Leningradi_Edasi_toimetus, lk 64
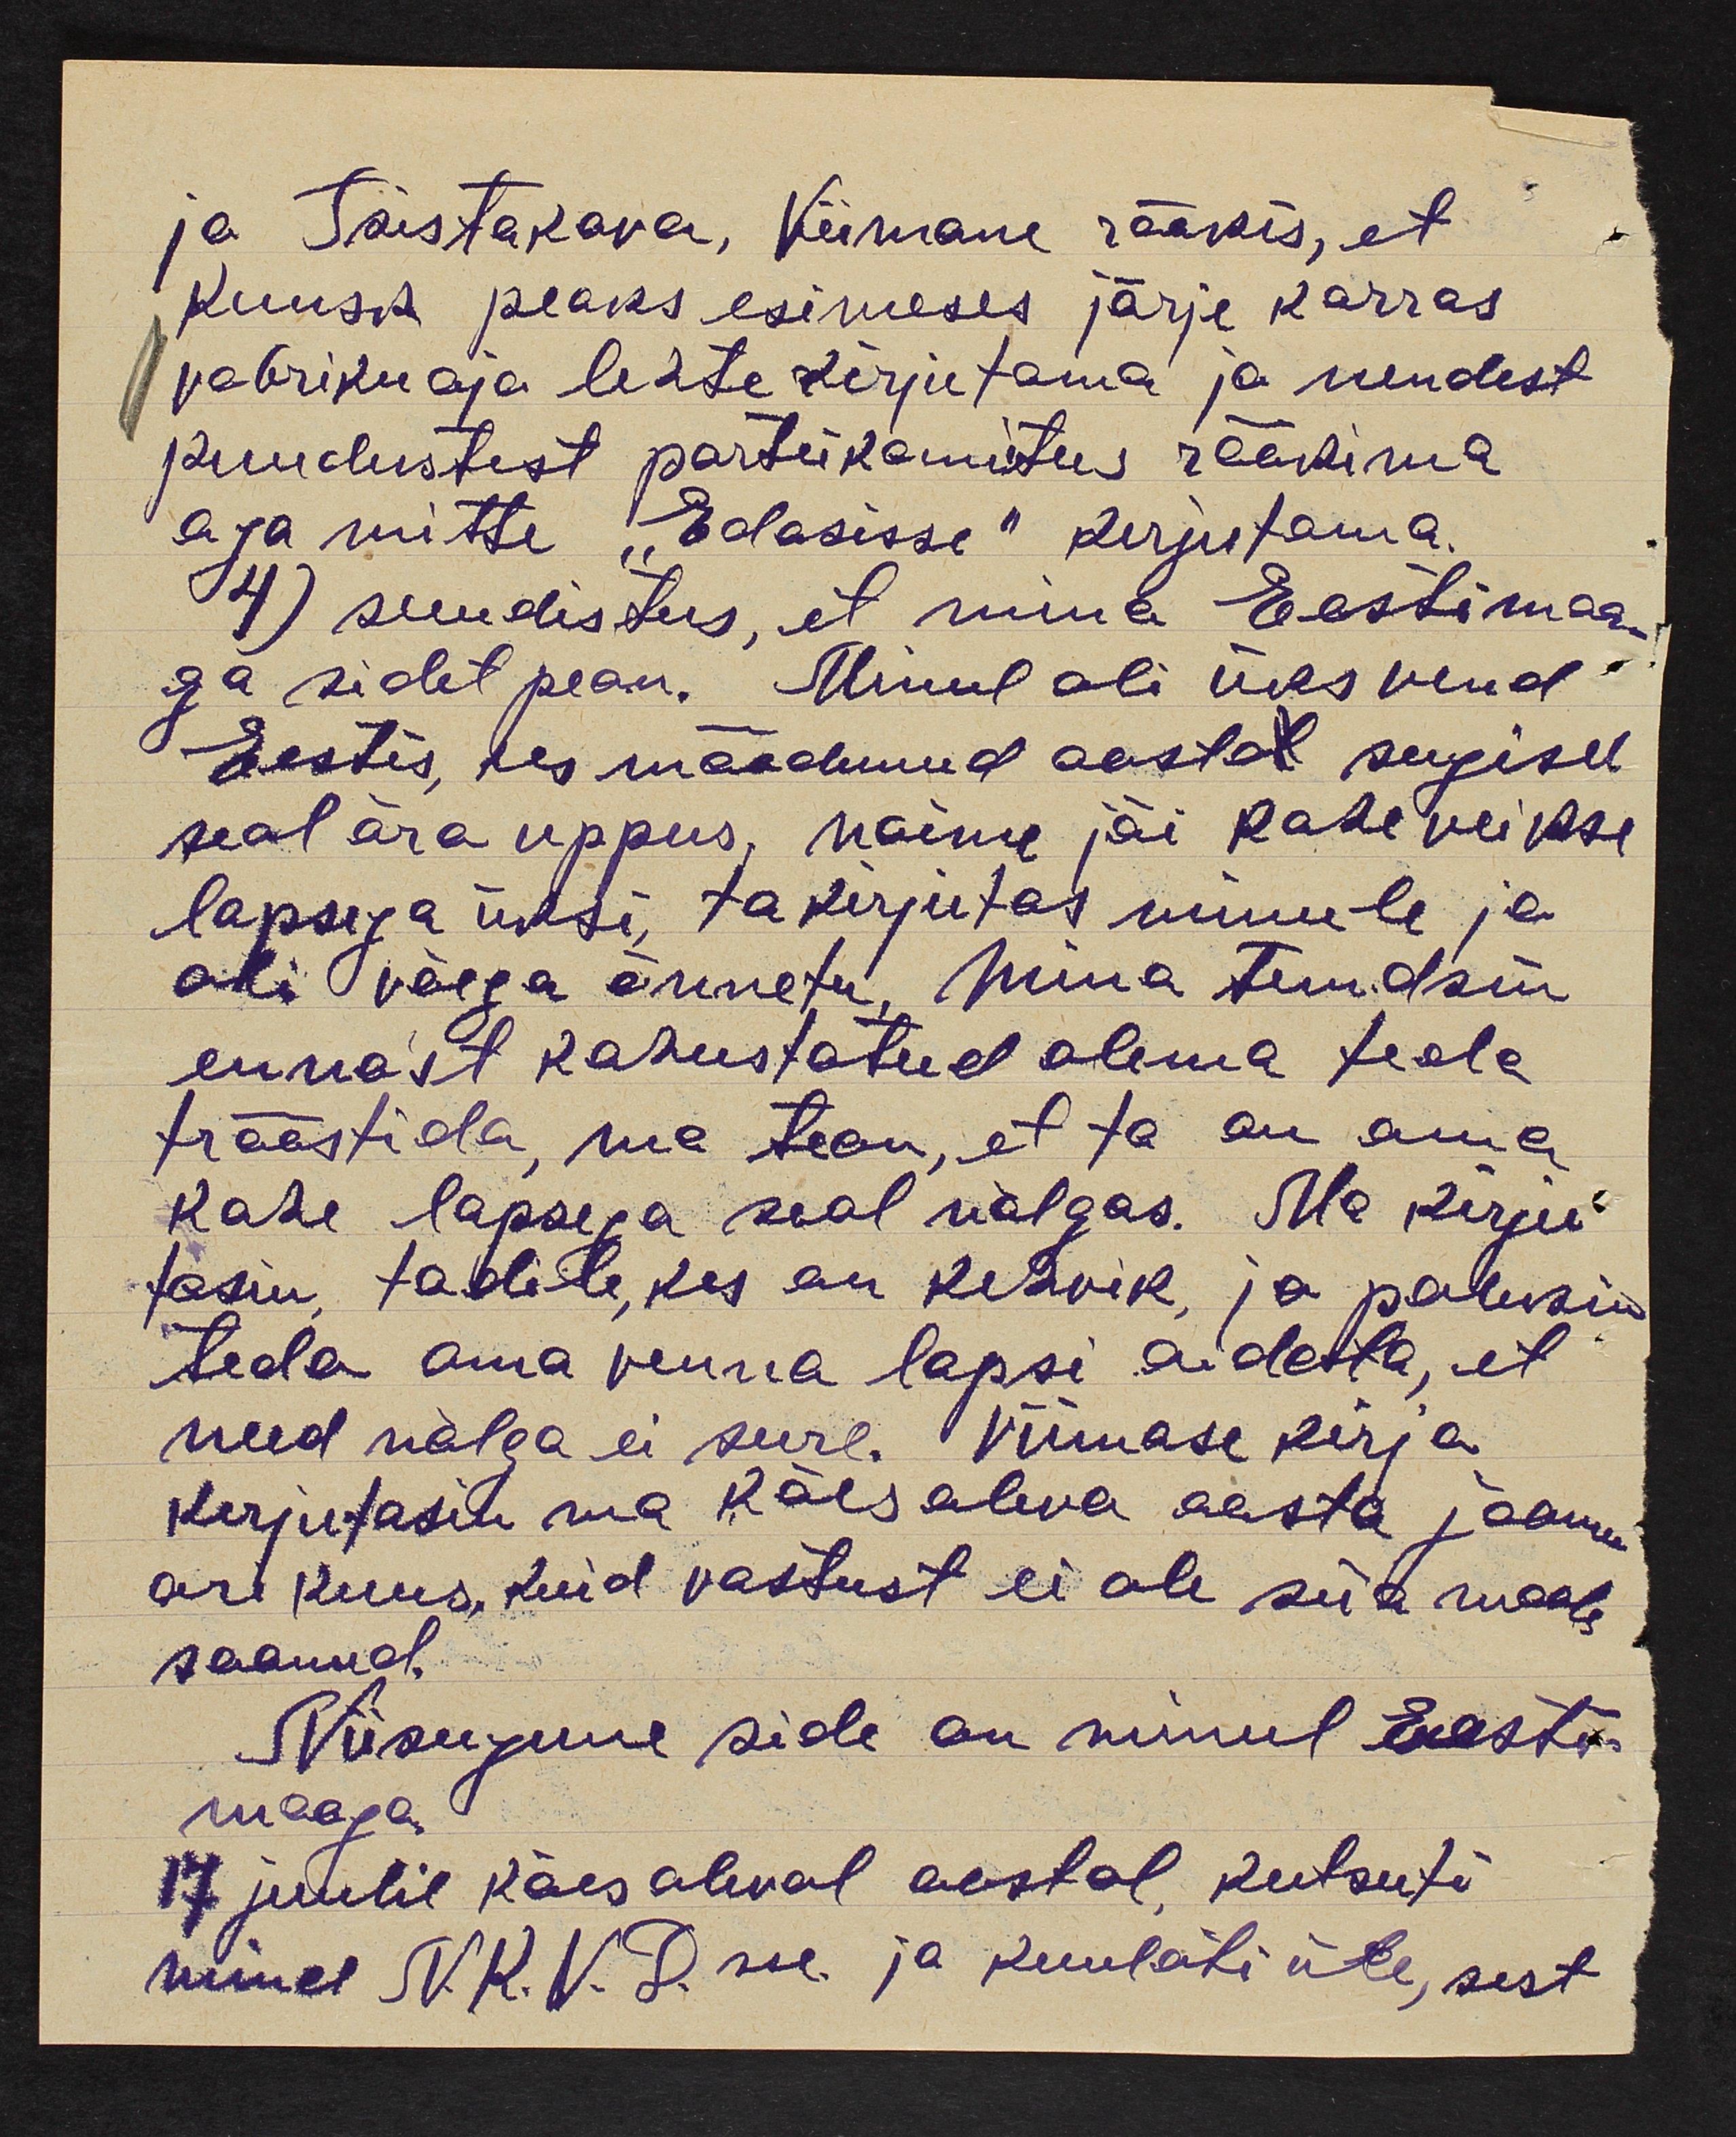
ja Tšistakova, Viimane rääkis, et
Kuusk peaks esimeses järje korras
vabriku aja lehte kirjutama ja nendest
puudustest partrikomitees rääkima
aga mitte "Edasisse" kirjutama.
4) suudistus, et mina Eestimaa
ga sidet pean. Minul oli üks vend
Eestis, kes möödunud aasta sügisel.
seal ära uppus, naine jäi kahe veikse
lapsega üksi, ta kirjutas minule ja
oli väega õnnetu. Mina tundsin
ennast kohustatud olema teda
trööstida, ma tean, et ta on oma
kahe lapsega seal nälgas. Ma kirju-
tasin, tadile, kes on kehvik, ja palusin
teda oma venna lapsi aideta, et
need nälga ei sure. Viimase kirja
kirjutasin ma käesoleva aasta jaanu
ari kuus, kuid vastust ei ole siia maale.
saanud.
Niisugune side on minul Eesti-
maaga
17. juulil käesoleval aastal, kutsuti
mind N.K. V. D. sse. ja kuulati üle, sest